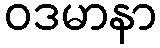
ဝဒမာနာ